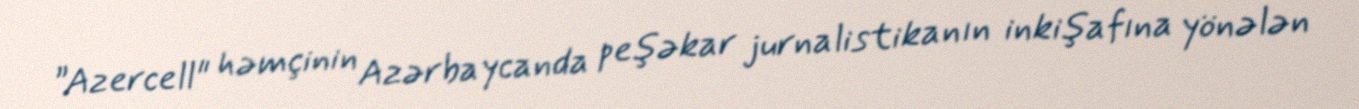
”Azercell" həmçinin Azərbaycanda peşəkar jurnalistikanın inkişafına yönələn